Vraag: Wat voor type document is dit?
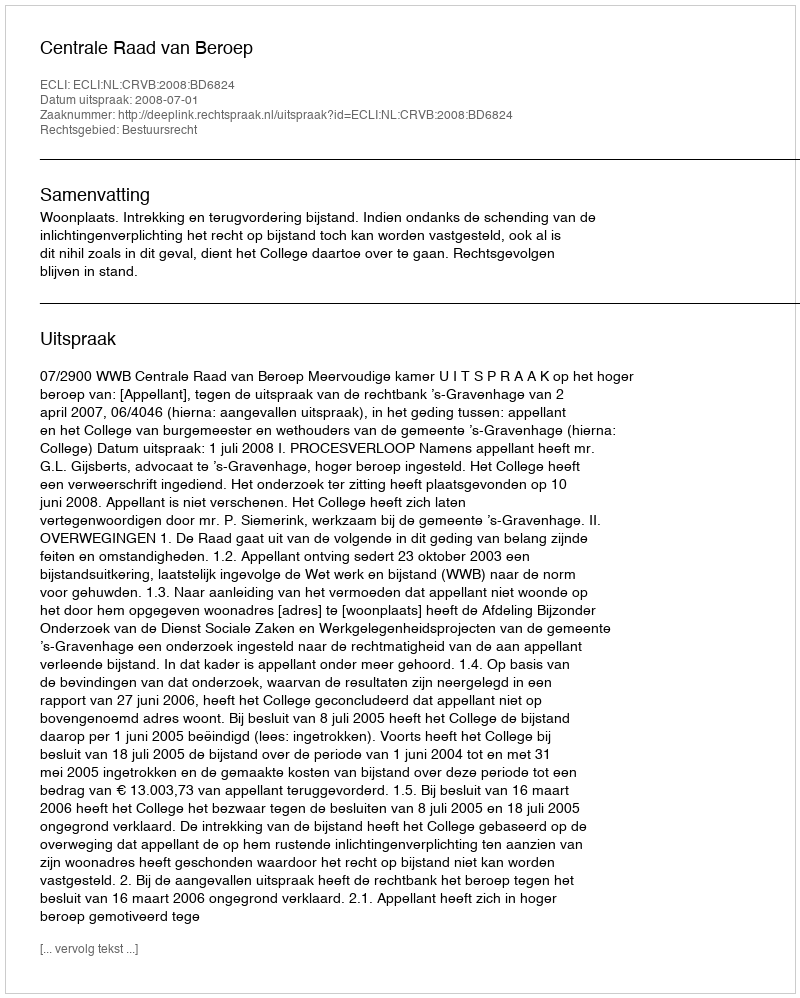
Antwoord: Uitspraak